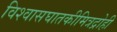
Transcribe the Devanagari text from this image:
विश्वासघातकीमित्रद्रोही